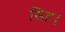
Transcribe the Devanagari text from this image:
सिह।